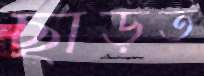
ছাড়ত